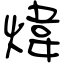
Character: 煒